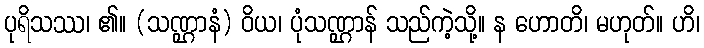
ပုရိသဿ၊ ၏။ (သဏ္ဌာနံ) ဝိယ၊ ပုံသဏ္ဌာန် သည်ကဲ့သို့။ န ဟောတိ၊ မဟုတ်။ ဟိ၊